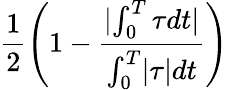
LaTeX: \displaystyle\frac{1}{2}\left(1-\frac{\lvert\int_{0}^{T}\tau dt\lvert}{\int_{0}^{T}\lvert\tau\lvert dt}\right)